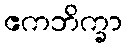
ဧကဘိက္ခာ